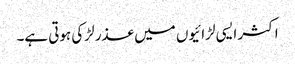
اکثر ایسی لڑائیوں میں عذر لڑکی ہوتی ہے۔